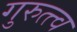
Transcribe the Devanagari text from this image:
गुरुत्त्व